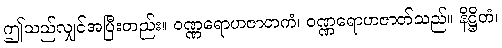
ဤသည်လျှင်အပြီးတည်း။ ဝဏ္ဏရောဟဇာတကံ၊ ဝဏ္ဏရောဟဇာတ်သည်။ နိဋ္ဌိတံ၊